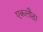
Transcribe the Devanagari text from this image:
एकलौठा